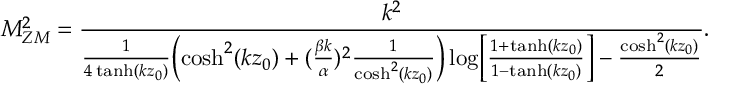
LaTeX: M _ { Z M } ^ { 2 } = \frac { k ^ { 2 } } { \frac { 1 } { 4 \operatorname { t a n h } ( k z _ { 0 } ) } \Bigl ( \cosh ^ { 2 } ( k z _ { 0 } ) + ( \frac { \beta k } { \alpha } ) ^ { 2 } \frac { 1 } { \cosh ^ { 2 } ( k z _ { 0 } ) } \Bigr ) \log \Bigl [ \frac { 1 + \operatorname { t a n h } ( k z _ { 0 } ) } { 1 - \operatorname { t a n h } ( k z _ { 0 } ) } \Bigr ] - \frac { \cosh ^ { 2 } ( k z _ { 0 } ) } { 2 } } .